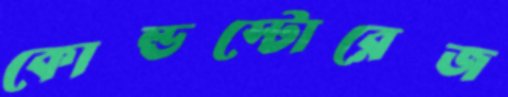
কোল্ডস্টোরেজ